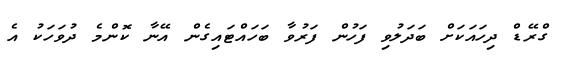
ގްރޭޑް ދިހައަކަށް ބަދަލުވި ފަހުން ފަރުވާ ބަހައްޓައިގެން އޭނާ ކޮންމެ ދުވަހަކު އެ